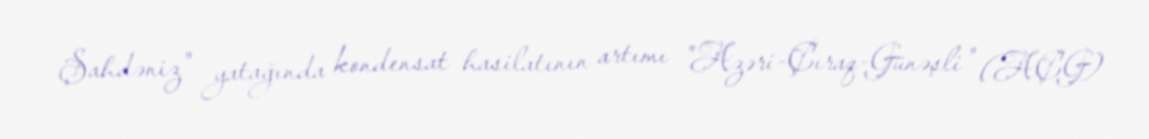
Şahdəniz" yatağında kondensat hasilatının artımı "Azəri-Çıraq-Günəşli" (AÇG)